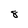
Character: 8